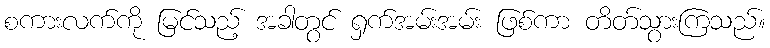
စကားလက်ကို မြင်သည့် အခါတွင် ရှက်အမ်းအမ်း ဖြစ်ကာ တိတ်သွားကြသည်။